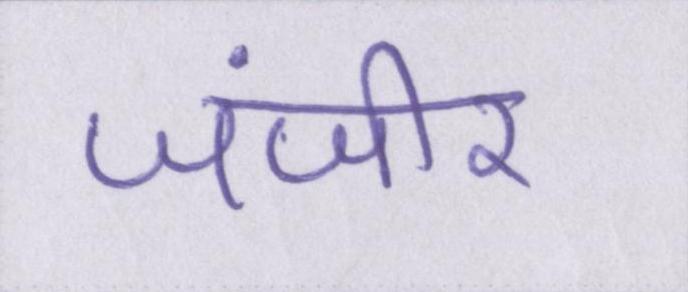
जंजीर